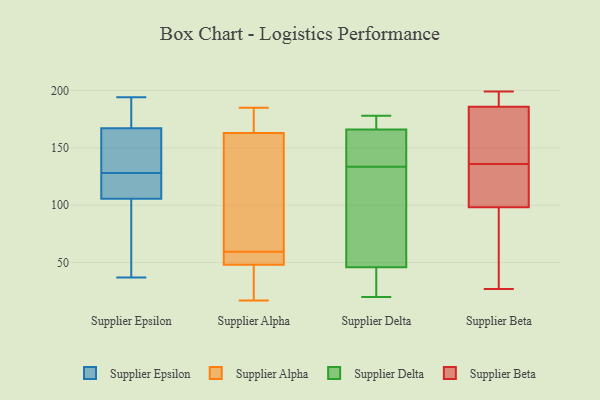
{"axis": {"x": "Bounce Rate (%)", "y": "Value"}, "legend": ["Supplier Alpha", "Supplier Beta", "Supplier Delta", "Supplier Epsilon"], "data": [{"x": "", "y": 141, "type": "Supplier Epsilon"}, {"x": "", "y": 176, "type": "Supplier Epsilon"}, {"x": "", "y": 181, "type": "Supplier Epsilon"}, {"x": "", "y": 151, "type": "Supplier Epsilon"}, {"x": "", "y": 42, "type": "Supplier Epsilon"}, {"x": "", "y": 148, "type": "Supplier Epsilon"}, {"x": "", "y": 186, "type": "Supplier Epsilon"}, {"x": "", "y": 123, "type": "Supplier Epsilon"}, {"x": "", "y": 121, "type": "Supplier Epsilon"}, {"x": "", "y": 110, "type": "Supplier Epsilon"}, {"x": "", "y": 37, "type": "Supplier Epsilon"}, {"x": "", "y": 46, "type": "Supplier Epsilon"}, {"x": "", "y": 124, "type": "Supplier Epsilon"}, {"x": "", "y": 194, "type": "Supplier Epsilon"}, {"x": "", "y": 128, "type": "Supplier Epsilon"}, {"x": "", "y": 91, "type": "Supplier Epsilon"}, {"x": "", "y": 169, "type": "Supplier Epsilon"}, {"x": "", "y": 161, "type": "Supplier Epsilon"}, {"x": "", "y": 104, "type": "Supplier Epsilon"}, {"x": "", "y": 55, "type": "Supplier Alpha"}, {"x": "", "y": 64, "type": "Supplier Alpha"}, {"x": "", "y": 52, "type": "Supplier Alpha"}, {"x": "", "y": 176, "type": "Supplier Alpha"}, {"x": "", "y": 108, "type": "Supplier Alpha"}, {"x": "", "y": 48, "type": "Supplier Alpha"}, {"x": "", "y": 163, "type": "Supplier Alpha"}, {"x": "", "y": 32, "type": "Supplier Alpha"}, {"x": "", "y": 17, "type": "Supplier Alpha"}, {"x": "", "y": 185, "type": "Supplier Alpha"}, {"x": "", "y": 139, "type": "Supplier Delta"}, {"x": "", "y": 163, "type": "Supplier Delta"}, {"x": "", "y": 31, "type": "Supplier Delta"}, {"x": "", "y": 168, "type": "Supplier Delta"}, {"x": "", "y": 29, "type": "Supplier Delta"}, {"x": "", "y": 178, "type": "Supplier Delta"}, {"x": "", "y": 86, "type": "Supplier Delta"}, {"x": "", "y": 166, "type": "Supplier Delta"}, {"x": "", "y": 128, "type": "Supplier Delta"}, {"x": "", "y": 153, "type": "Supplier Delta"}, {"x": "", "y": 85, "type": "Supplier Delta"}, {"x": "", "y": 20, "type": "Supplier Delta"}, {"x": "", "y": 46, "type": "Supplier Delta"}, {"x": "", "y": 170, "type": "Supplier Delta"}, {"x": "", "y": 191, "type": "Supplier Beta"}, {"x": "", "y": 105, "type": "Supplier Beta"}, {"x": "", "y": 27, "type": "Supplier Beta"}, {"x": "", "y": 199, "type": "Supplier Beta"}, {"x": "", "y": 170, "type": "Supplier Beta"}, {"x": "", "y": 136, "type": "Supplier Beta"}, {"x": "", "y": 136, "type": "Supplier Beta"}, {"x": "", "y": 96, "type": "Supplier Beta"}, {"x": "", "y": 130, "type": "Supplier Beta"}, {"x": "", "y": 191, "type": "Supplier Beta"}, {"x": "", "y": 67, "type": "Supplier Beta"}]}